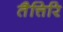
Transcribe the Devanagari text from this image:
तैत्तिरि